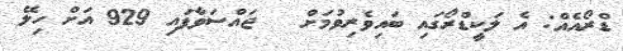
ޑްރޯއެއް: އެ ލަކީޑްރޯގައި ބައިވެރިވުމަށް   ޖައްސަވާފައި 929 އަށް ހިލޭ